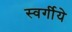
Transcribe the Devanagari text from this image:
स्वर्गीये